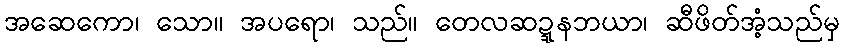
အဆေကော၊ သော။ အပရော၊ သည်။ တေလဆဍ္ဍနဘယာ၊ ဆီဖိတ်အံ့သည်မှ